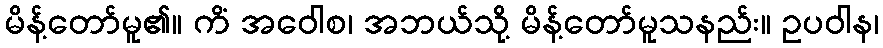
မိန့်တော်မူ၏။ ကိံ အဝေါစ၊ အဘယ်သို့ မိန့်တော်မူသနည်း။ ဥပဝါန၊